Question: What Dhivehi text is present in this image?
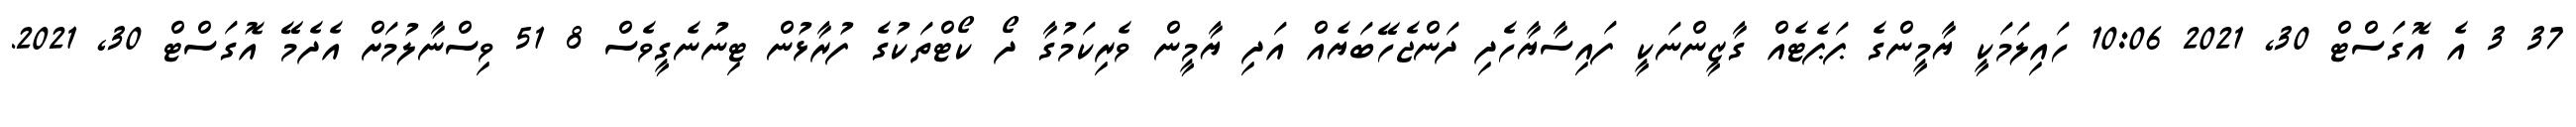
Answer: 37 3 އެ އޮގަސްޓް 30, 2021 10:06 ހައިލަމަކީ ޔާމީންގެ ޕަޕެޓެއް ގާޒީންނަކީ ފައިސާޔާހެދި ދަންޖެހޭބަޔެއް އަދި ޔާމީން ވެރިކަމުގާ ދޯ ކޯޓްތަކުގެ ފުރާޅުން ޓިނުނެގީވެސް 8 51 ވިސްނާލުމަށް އެދެމޭ އޮގަސްޓް 30, 2021.